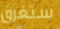
ستغرق